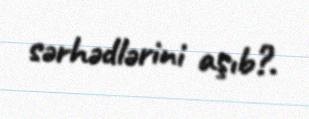
sərhədlərini aşıb?.